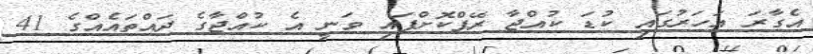
އެގާރަ އަހަރުގައި ކުޑަ ކުއްޖާ ރޭޕްކޮށްފައި ވަނީ އެ ކުއްޖާގެ ދައްތައެއްގެ 41